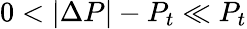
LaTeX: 0<|\Delta P|-P_{t}\ll P_{t}